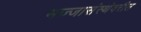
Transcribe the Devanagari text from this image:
मज्जासंस्थेवरील